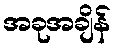
အခုအချိန်